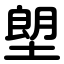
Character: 塱